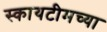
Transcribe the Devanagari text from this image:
स्कायटीमच्या